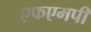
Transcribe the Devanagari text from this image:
एफएमपी